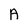
Character: A